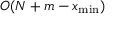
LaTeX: O ( N + m - x _ { \operatorname* { m i n } } )